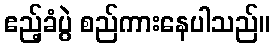
ဧည့်ခံပွဲ စည်ကားနေပါသည်။